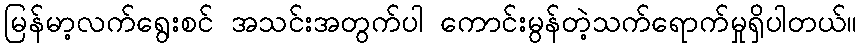
မြန်မာ့လက်ရွေးစင် အသင်းအတွက်ပါ ကောင်းမွန်တဲ့သက်ရောက်မှုရှိပါတယ်။